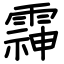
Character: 䨩